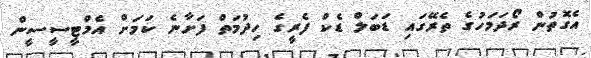
އެގޮތުން ރޯދަމަހުގެ ތެރޭގައި ޑަބަލް ޑެކް ފެރީގެ ހިދުމަތް ފަށާނެ ކަމަށް އެމްޓީސީސީން